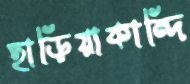
হাড়িয়াকান্দি